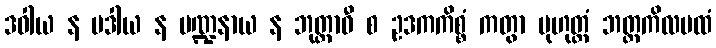
ဒဝါယ န မဒါယ န မဏ္ဍနာယ န ဘုတ္တာဝီ စ ဥဒကကိစ္စံ ကတွာ မုဟုတ္တံ ဘတ္တကိလမထံ